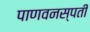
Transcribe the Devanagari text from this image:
पाणवनस्पती